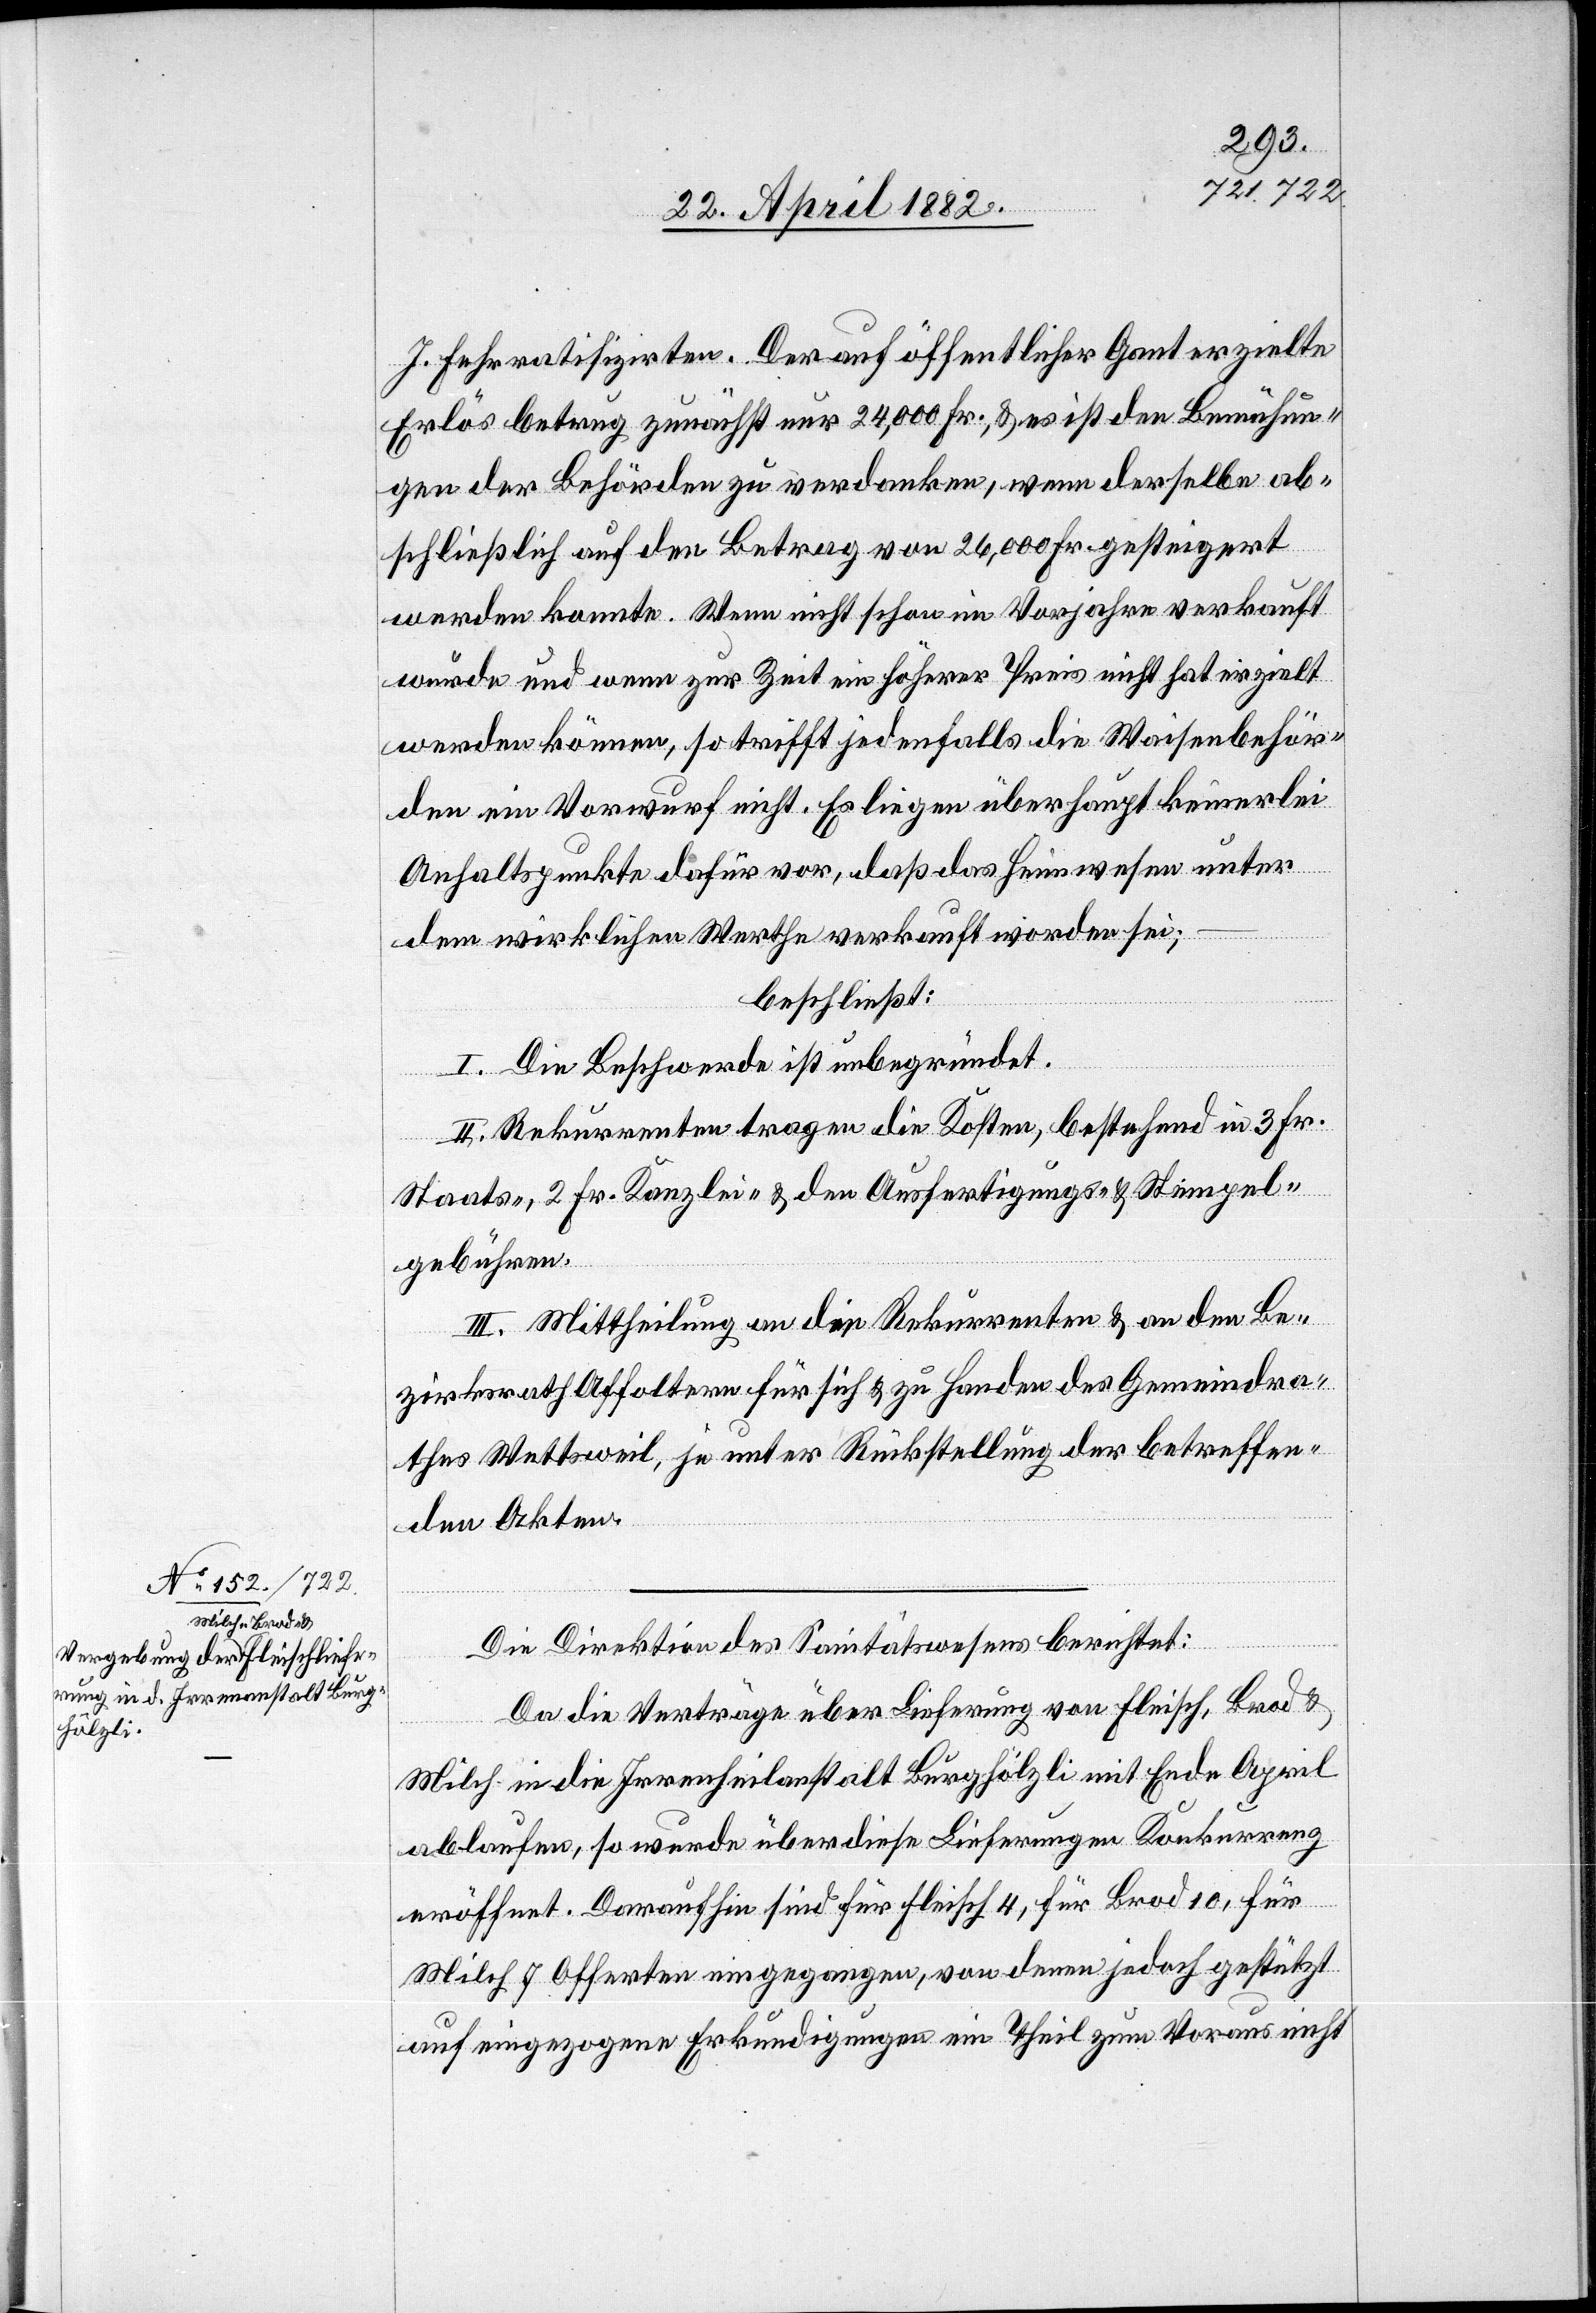
J. Fehr ratifizirten. Der auf öffentlicher Gant erzielte
Erlös betrug zunächst nur 24,000 Fr., & es ist den Bemühun¬
gen der Behörden zu verdanken, wenn derselbe ab¬
schließlich auf den Betrag von 26,000 Fr. gesteigert
werden konnte. Wenn nicht schon im Vorjahre verkauft
wurde und wenn zur Zeit ein höherer Preis nicht hat erzielt
werden können, so trifft jedenfalls die Waisenbehör¬
den ein Vorwurf nicht. Es liegen überhaupt keinerlei
Anhaltspunkte dafür vor, daß das Heimwesen unter
dem wirklichen Werthe verkauft worden sei;
beschließt:
I. Die Beschwerde ist unbegründet.
II. Rekurrenten tragen die Kosten, bestehend in 3 Fr.
Staats-, 2. Fr. Kanzlei- & den Ausfertigungs- & Stempel¬
gebühren.
III. Mittheilung an die Rekurrenten & an den Be¬
zirksrath Affoltern für sich & zu Handen des Gemeindra¬
thes Wettsweil, je unter Rückstellung der betreffen¬
den Akten.
Die Direktion des Sanitätswesens berichtet:
Da die Verträge über Lieferung von Fleisch, Brod &
Milch in die Irrenheilanstalt Burghölzli mit Ende April
ablaufen, so wurde über diese Lieferungen Konkurrenz
eröffnet. Daraufhin sind für Fleisch 4, für Brod 10, für
Milch 7 Offerten eingegangen, von denen jedoch gestützt
auf eingezogene Erkundigungen ein Theil zum Voraus nicht